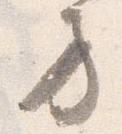
方